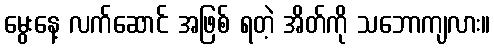
မွေးနေ့ လက်ဆောင် အဖြစ် ရတဲ့ အိတ်ကို သဘောကျလား။